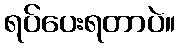
ရပ်ပေးရတာပဲ။